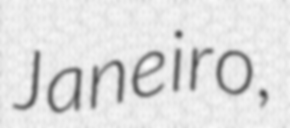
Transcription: Janeiro,